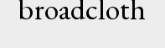
broadcloth